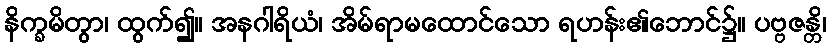
နိက္ခမိတွာ၊ ထွက်၍။ အနဂါရိယံ၊ အိမ်ရာမထောင်သော ရဟန်း၏ဘောင်၌။ ပဗ္ဗဇန္တိ၊